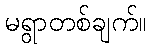
မရွာတစ်ချက်။